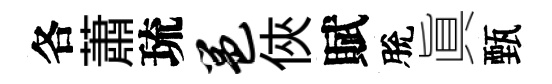
各蕭琉邕俠賦脫眞甄